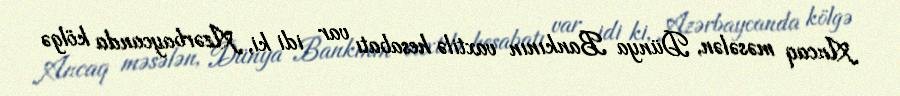
Ancaq məsələn, Dünya Bankının vaxtilə hesabatı var idi ki, Azərbaycanda kölgə